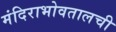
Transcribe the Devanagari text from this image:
मंदिराभोवतालची